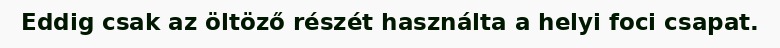
Eddig csak az öltöző részét használta a helyi foci csapat.